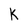
Character: k